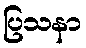
ပြသနာ